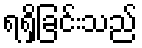
ရရှိခြင်းသည်